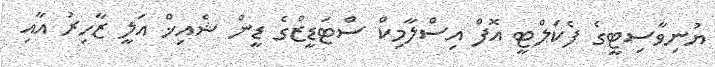
ޔުނިވާސިޓީގެ ފެކަލްޓީ އޮފް އިސްލާމިކް ސްޓަޑީޒްގެ ޑީން ޝެއިޚް އަލީ ޒާހިރު އާއި